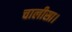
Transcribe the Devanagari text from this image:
चालीसा।